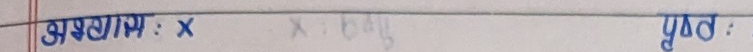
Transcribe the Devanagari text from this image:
उद्गम : x

पृष्ठ :